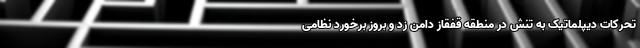
تحرکات دیپلماتیک به تنش در منطقه قفقاز دامن زد و بروز برخورد نظامی